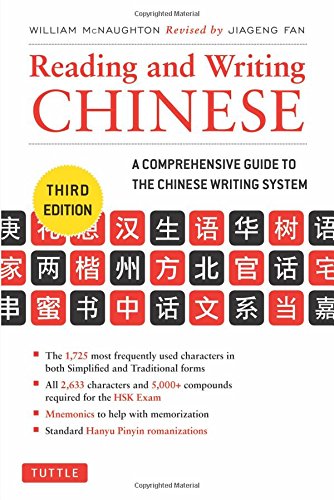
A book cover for Reading and Writing Chinese: Third Edition (2,633 Chinese Characters and 5,000+ Compounds); William McNaughton; Reference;